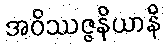
အဝိဿဇ္ဇနိယာနိ